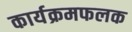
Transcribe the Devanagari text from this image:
कार्यक्रमफलक